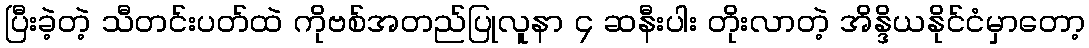
ပြီးခဲ့တဲ့ သီတင်းပတ်ထဲ ကိုဗစ်အတည်ပြုလူနာ ၄ ဆနီးပါး တိုးလာတဲ့ အိန္ဒိယနိုင်ငံမှာတော့